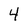
Character: 4